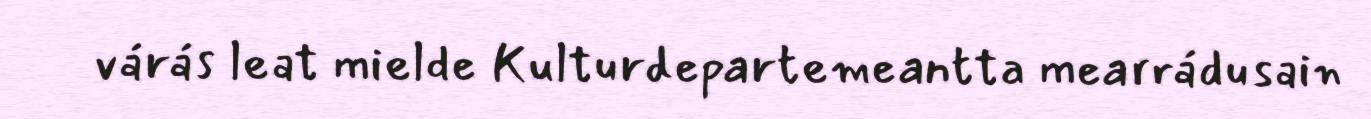
várás leat mielde Kulturdepartemeantta mearrádusain